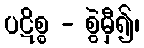
ပဋိစ္စ - စွဲမှီ၍၊